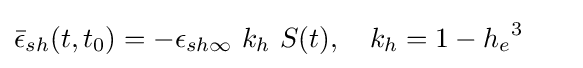
{\bar {\epsilon }}_{sh}(t,t_{0})=-\epsilon _{sh\infty }\ k_{h}\ S(t),~~~k_{h}=1-{h_{e}}^{3}~~~~~